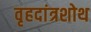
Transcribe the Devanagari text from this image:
वृहदांत्रशोथ